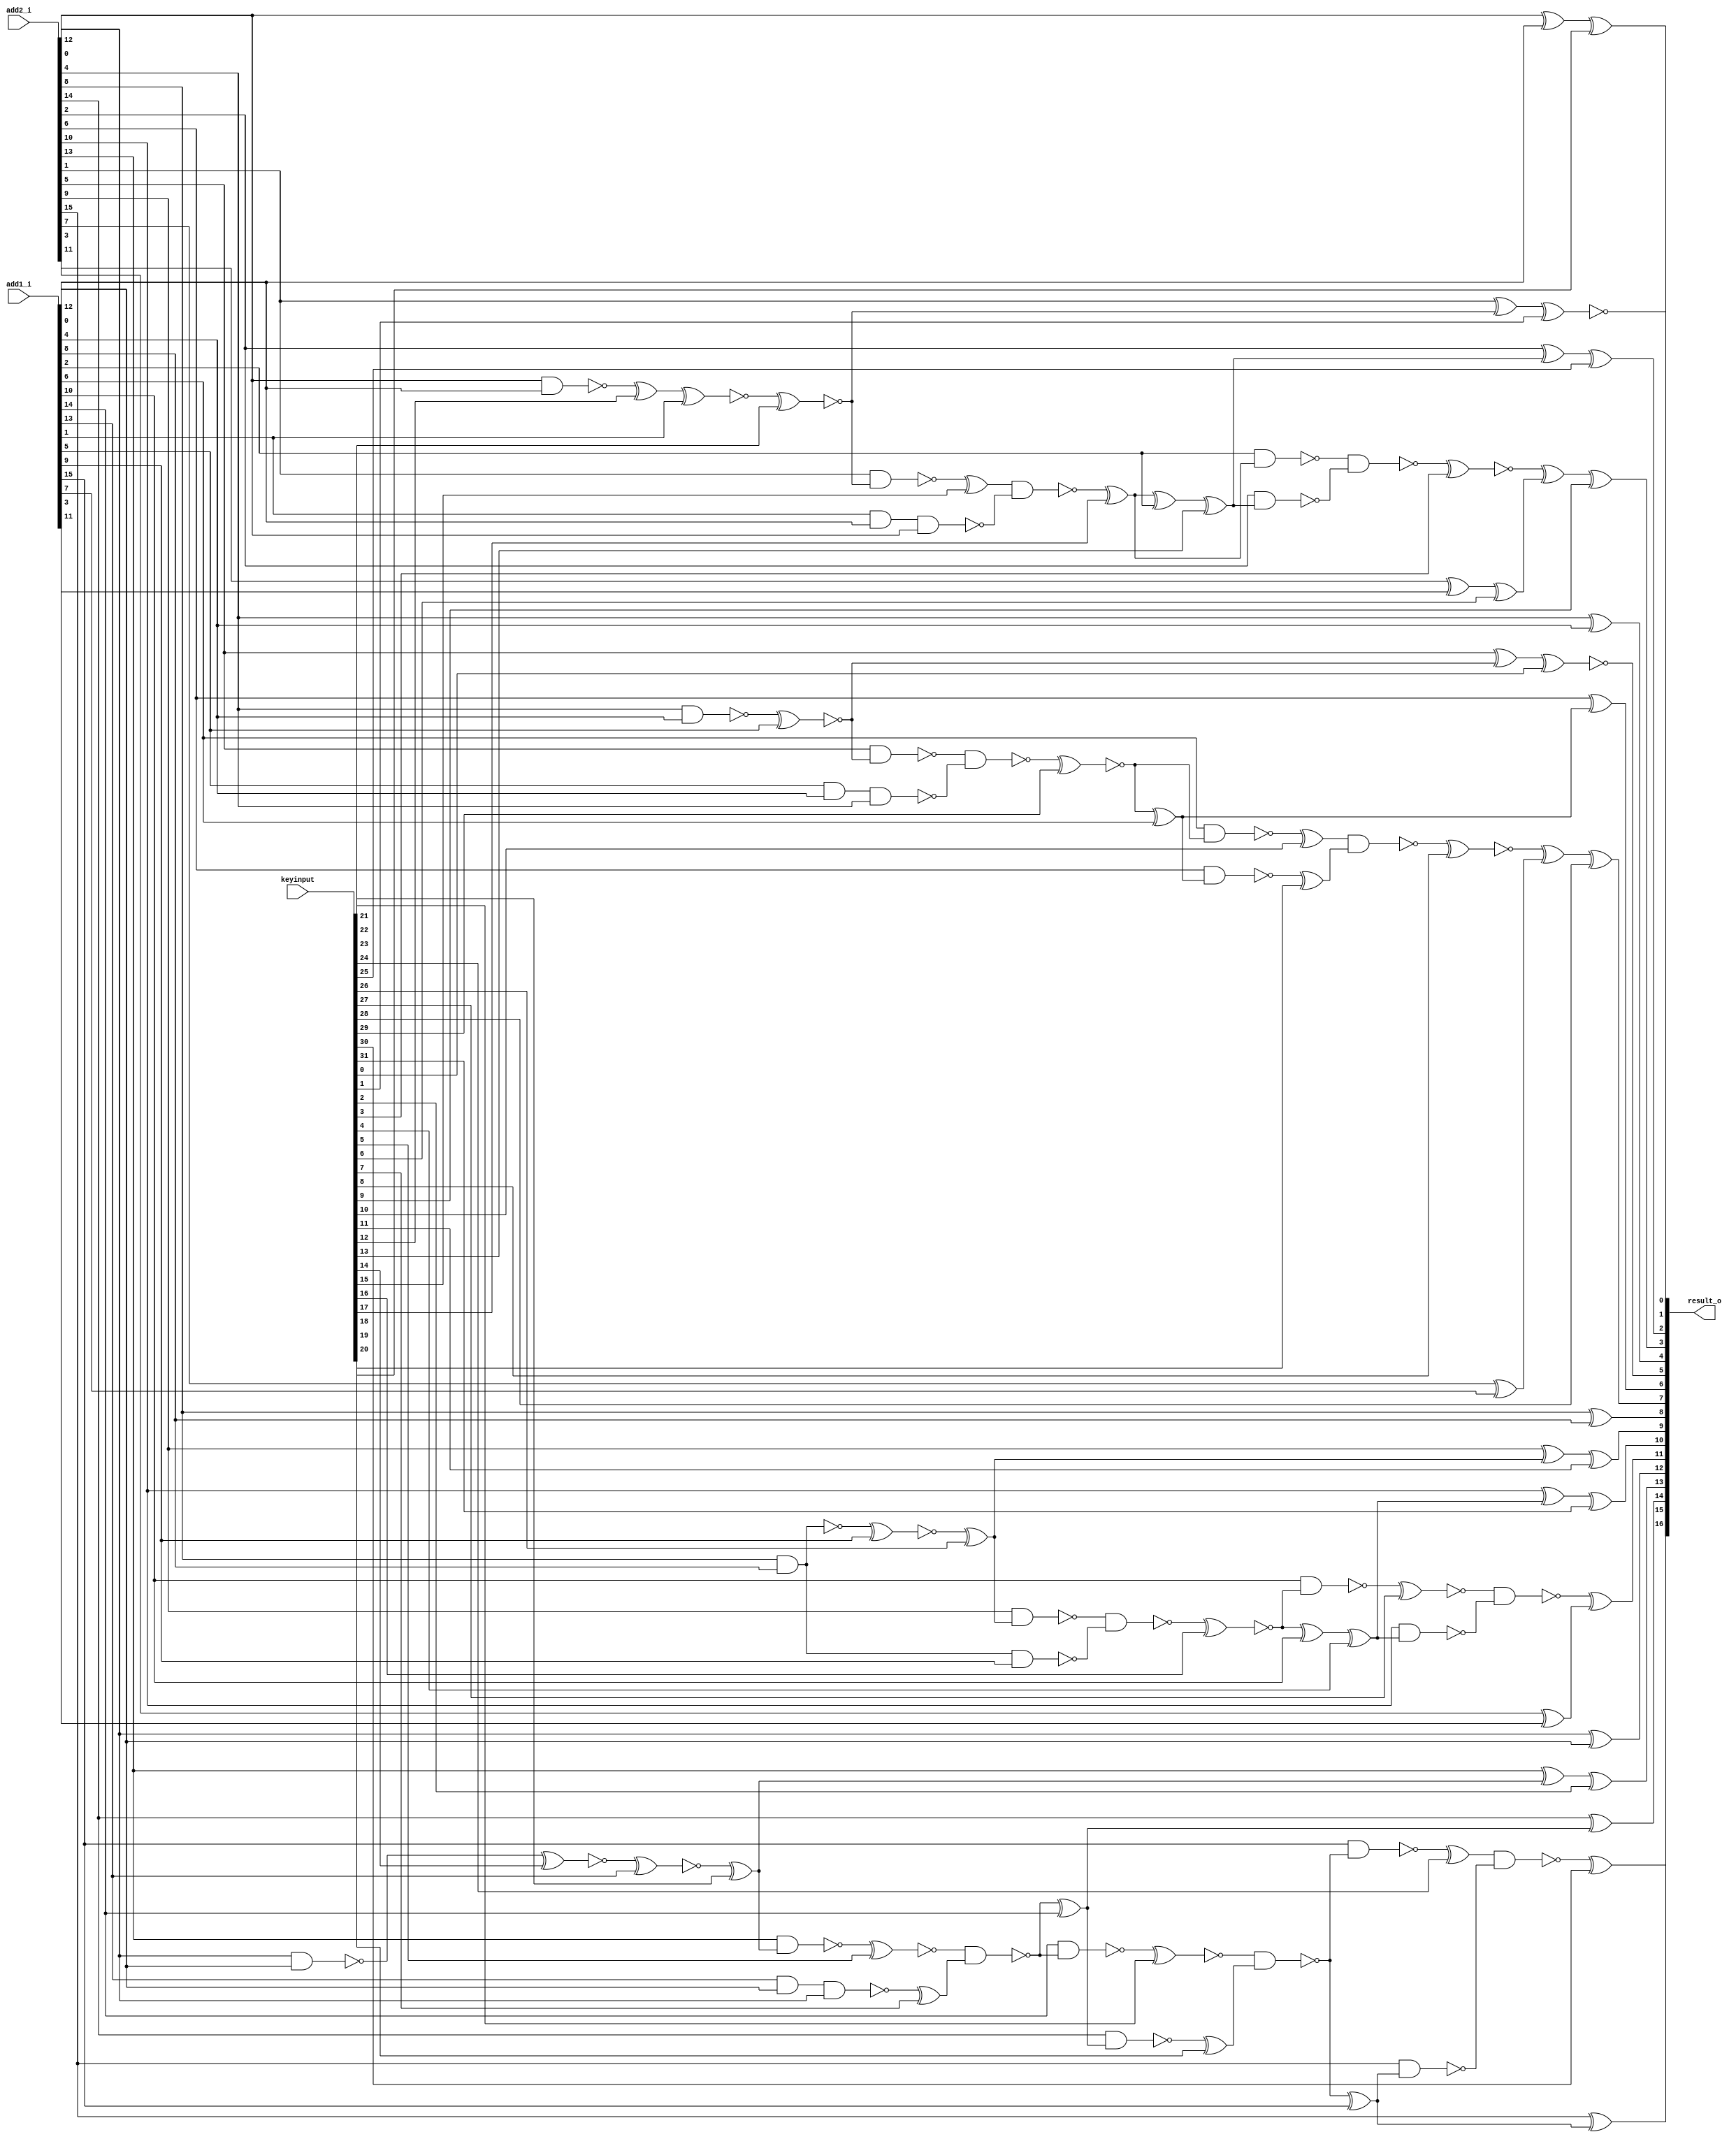
// Verilog File 
module equal_segmentation_adder16_xor_enc32(add1_i,add2_i,keyinput,result_o);

input [15:0] add1_i, add2_i;
input [31:0] keyinput;


output [16:0] result_o;


wire xenc26, xenc11, xenc8, n30, xenc28, n33, xenc29, n37, xenc0, 
xenc3, xenc6, xenc9, n40, xenc13, xenc25, xenc17, n43, xenc23, xenc1, 
n51, n52, n55, n56, xenc21, xenc2, n61, n62, xenc4, xenc31, 
xenc16, n65, xenc18, xenc14, n59, n60, xenc12, n47, n48, n38, 
n69, n28, n41, n42, n39, xenc10, xenc19, n29, n31, xenc27, 
n64, n63, xenc22, xenc20, n53, n54, n32, xenc5, xenc7, n58, 
n57, xenc15, n46, n44, n45, n35, n36, n34, n67, n68, 
n66, xenc24, n50, xenc30, n49;

xor g0(xenc11, add2_i[9], xenc26);
xor g1(result_o[8], add2_i[8], add1_i[8]);
xor g2(xenc28, xenc8, n30);
xor g3(n30, add2_i[7], add1_i[7]);
xor g4(result_o[6], add2_i[6], n33);
xor g5(n33, xenc29, add1_i[6]);
xor g6(xenc0, add2_i[5], n37);
xor g7(result_o[4], add2_i[4], add1_i[4]);
xor g8(xenc9, xenc3, xenc6);
xor g9(n40, add2_i[3], add1_i[3]);
xor g10(xenc25, add2_i[2], xenc13);
xor g11(n43, xenc17, add1_i[2]);
xor g12(xenc1, add2_i[1], xenc23);
xor g13(result_o[15], add2_i[15], n51);
xor g14(n51, n52, add1_i[15]);
xor g15(result_o[14], add2_i[14], n55);
xor g16(n55, n56, add1_i[14]);
xor g17(xenc2, add2_i[13], xenc21);
xor g18(result_o[12], add2_i[12], add1_i[12]);
xor g19(result_o[11], n61, n62);
xor g20(n62, add2_i[11], add1_i[11]);
xor g21(xenc31, add2_i[10], xenc4);
xor g22(n65, xenc16, add1_i[10]);
xor g23(xenc18, add2_i[0], add1_i[0]);
xnor g24(n59, xenc14, add1_i[13]);
nand g25(n60, add2_i[12], add1_i[12]);
xnor g26(n47, xenc12, add1_i[1]);
nand g27(n48, add2_i[0], add1_i[0]);
xnor g28(n37, n38, add1_i[5]);
nand g29(n38, add2_i[4], add1_i[4]);
xnor g30(n28, n69, add1_i[9]);
nand g31(n69, add2_i[8], add1_i[8]);
nand g32(n39, n41, n42);
nand g33(n41, add1_i[2], xenc17);
nand g34(n29, xenc10, xenc19);
nand g35(n31, add1_i[6], xenc29);
nand g36(n61, xenc27, n64);
nand g37(n63, add1_i[10], xenc16);
nand g38(n52, xenc22, xenc20);
nand g39(n53, add1_i[14], n56);
nand g40(n54, add2_i[14], n55);
nand g41(n42, add2_i[2], xenc13);
nand g42(n32, add2_i[6], n33);
nand g43(n64, add2_i[10], xenc4);
nand g44(n56, xenc5, xenc7);
nand g45(n58, add1_i[13], add1_i[12], add2_i[12]);
nand g46(n57, add2_i[13], xenc21);
nand g47(n44, xenc15, n46);
nand g48(n46, add1_i[1], add1_i[0], add2_i[0]);
nand g49(n45, add2_i[1], xenc23);
nand g50(n34, n35, n36);
nand g51(n36, add1_i[5], add1_i[4], add2_i[4]);
nand g52(n35, add2_i[5], n37);
nand g53(n66, n67, n68);
nand g54(n68, add2_i[8], add1_i[8], add1_i[9]);
nand g55(n67, add2_i[9], xenc26);
nand g56(xenc30, xenc24, n50);
nand g57(n49, add1_i[15], n52);
nand g58(n50, add2_i[15], n51);
xnor g59(result_o[5], xenc0, keyinput[0]);
xnor g60(result_o[1], xenc1, keyinput[1]);
xor g61(result_o[13], xenc2, keyinput[2]);
xnor g62(xenc3, n39, keyinput[3]);
xor g63(xenc4, n65, keyinput[4]);
xnor g64(xenc5, n57, keyinput[5]);
xor g65(xenc6, n40, keyinput[6]);
xor g66(xenc7, n58, keyinput[7]);
xnor g67(xenc8, n29, keyinput[8]);
xor g68(result_o[3], xenc9, keyinput[9]);
xor g69(xenc10, n31, keyinput[10]);
xor g70(result_o[9], xenc11, keyinput[11]);
xor g71(xenc12, n48, keyinput[12]);
xor g72(xenc13, n43, keyinput[13]);
xnor g73(xenc14, n60, keyinput[14]);
xor g74(xenc15, n45, keyinput[15]);
xnor g75(xenc16, n66, keyinput[16]);
xor g76(xenc17, n44, keyinput[17]);
xor g77(result_o[0], xenc18, keyinput[18]);
xor g78(xenc19, n32, keyinput[19]);
xor g79(xenc20, n54, keyinput[20]);
xor g80(xenc21, n59, keyinput[21]);
xnor g81(xenc22, n53, keyinput[22]);
xnor g82(xenc23, n47, keyinput[23]);
xor g83(xenc24, n49, keyinput[24]);
xor g84(result_o[2], xenc25, keyinput[25]);
xor g85(xenc26, n28, keyinput[26]);
xnor g86(xenc27, n63, keyinput[27]);
xor g87(result_o[7], xenc28, keyinput[28]);
xnor g88(xenc29, n34, keyinput[29]);
xor g89(result_o[16], xenc30, keyinput[30]);
xor g90(result_o[10], xenc31, keyinput[31]);
endmodule